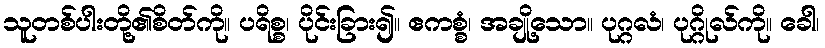
သူတစ်ပါးတို့၏စိတ်ကို။ ပရိစ္စ၊ ပိုင်းခြား၍။ ဧကစ္စံ၊ အချို့သော။ ပုဂ္ဂလံ၊ ပုဂ္ဂိုလ်ကို။ ခေါ၊